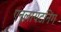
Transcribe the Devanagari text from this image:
एनलायटनिंग